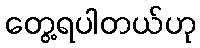
တွေ့ရပါတယ်ဟု